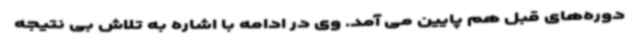
دوره‌های قبل هم پایین می آمد. وی در ادامه با اشاره به تلاش بی نتیجه